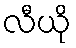
လီယို